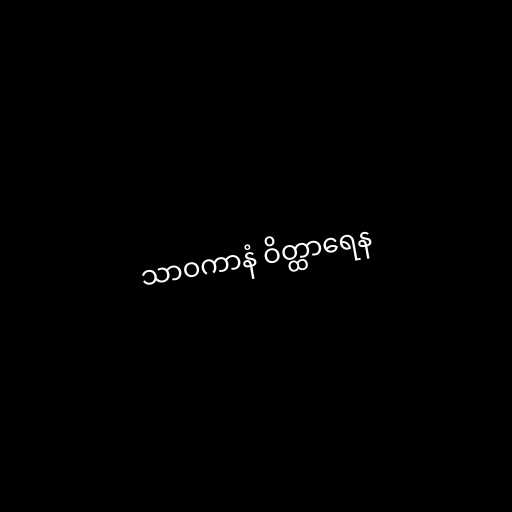
သာဝကာနံ ဝိတ္ထာရေန